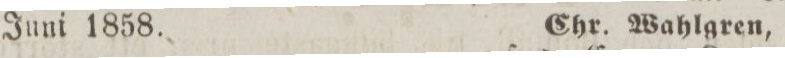
Juni 1858. Chr. Wahlgren,